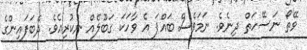
ވޭތޯ ނަސޭހަތް ދިނެވެ. ނަމަވެސް ބައްޕަ އެ ވާހަކަ ގަބޫލެއް ނުކުރިއެވެ. ދެބަފައިންގެ